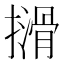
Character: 𫾈